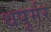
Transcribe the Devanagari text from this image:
धपुर्मर